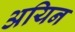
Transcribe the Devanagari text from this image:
अयिन